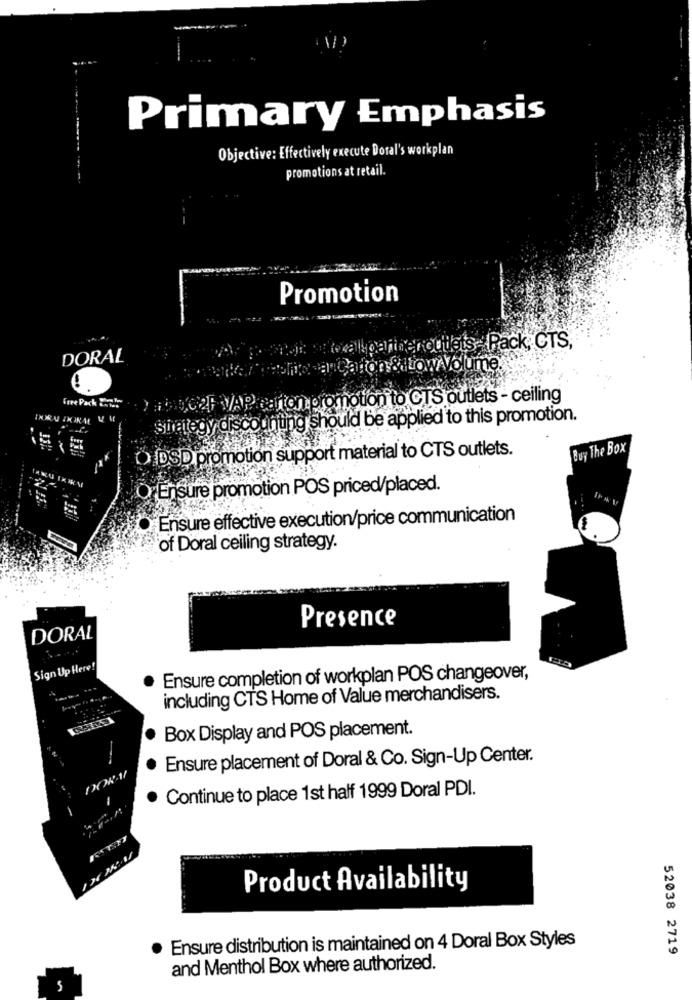
Primary Emphasis
Objective: Effectively execute Doral's workplan
promotions at retail.
Promotion
'walk partneroutlets Pack, CTS,
DORAL
a Caron & Low Volume
Free Pack Ich
) hoGAF VAP carton promotion to CTS outlets - ceiling
strategy discounting should be applied to this promotion.
O DSD promotion support material to CTS outlets.
Buy The Box
O Ensure promotion POS priced/placed.
Ensure effective execution/price communication
of Doral ceiling strategy.
Presence
DORAL
Sign Up Here!
Ensure completion of workplan POS changeover,
including CTS Home of Value merchandisers.
Box Display and POS placement.
Ensure placement of Doral & Co. Sign-Up Center.
DOR-11
Continue to place 1st half 1999 Doral PDI.
Product Availability
Ensure distribution is maintained on 4 Doral Box Styles
52038 2719
and Menthol Box where authorized.